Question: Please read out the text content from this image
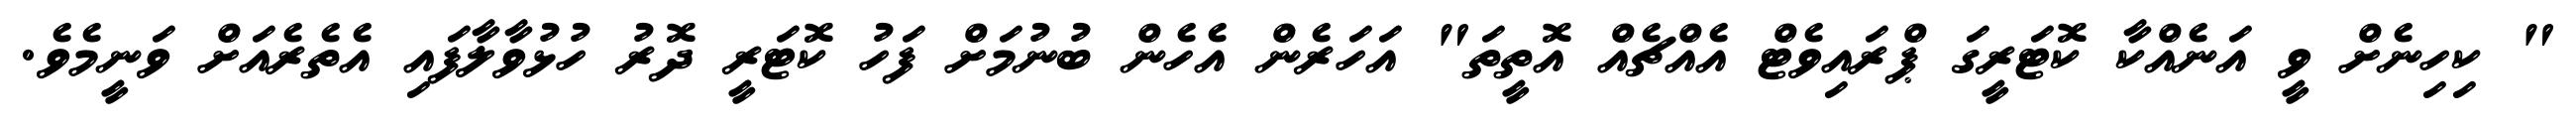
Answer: " ކިހިނެށް ވީ އަނެއްކާ ކޮޓަރީގަ ޕްރައިވެޓް އެއްޗެއް އޮތީތަ" އަހަރެން އެހެން ބުނުމަށް ފަހު ކޮޓަރީ ދޮރު ހުޅުވާލާފައި އެތެރެއަށް ވަނީމެވެ.